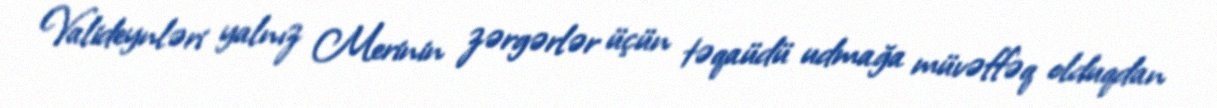
Valideynləri yalnız Merinin zərgərlər üçün təqaüdü udmağa müvəffəq olduqdan